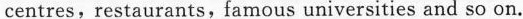
centres,restaurants,famous universities and so on.